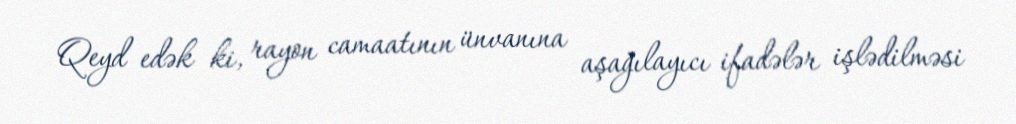
Qeyd edək ki, rayon camaatının ünvanına aşağılayıcı ifadələr işlədilməsi